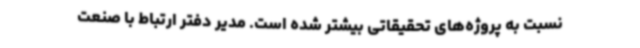
نسبت به پروژه‌های تحقیقاتی بیشتر شده است. مدیر دفتر ارتباط با صنعت